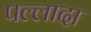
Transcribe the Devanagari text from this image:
पल्लादा